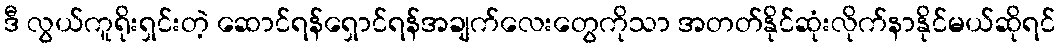
ဒီ လွယ်ကူရိုးရှင်းတဲ့ ဆောင်ရန်ရှောင်ရန်အချက်လေးတွေကိုသာ အတတ်နိုင်ဆုံးလိုက်နာနိုင်မယ်ဆိုရင်